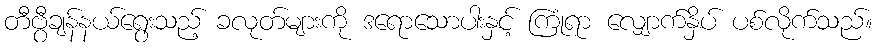
တီဗွီချန်နယ်ရွေးသည့် ခလုတ်များကို ဒရောသောပါးနှင့် ကြုံရာ လျှောက်နှိပ် ပစ်လိုက်သည်။